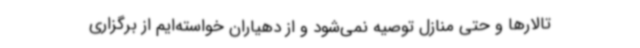
تالارها و حتی منازل توصیه نمی‌شود و از دهیاران خواسته‌ایم از برگزاری